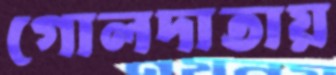
গোলদাতায়